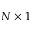
N \times 1